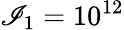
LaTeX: \mathscr{I}_{1}=10^{12}